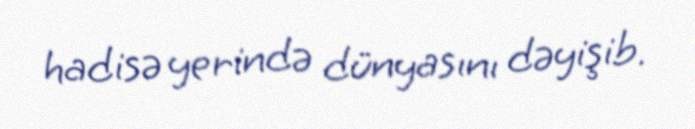
hadisə yerində dünyasını dəyişib.